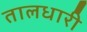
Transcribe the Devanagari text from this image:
तालधारी